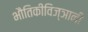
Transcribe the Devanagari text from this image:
भौतिकीविज्ञानी